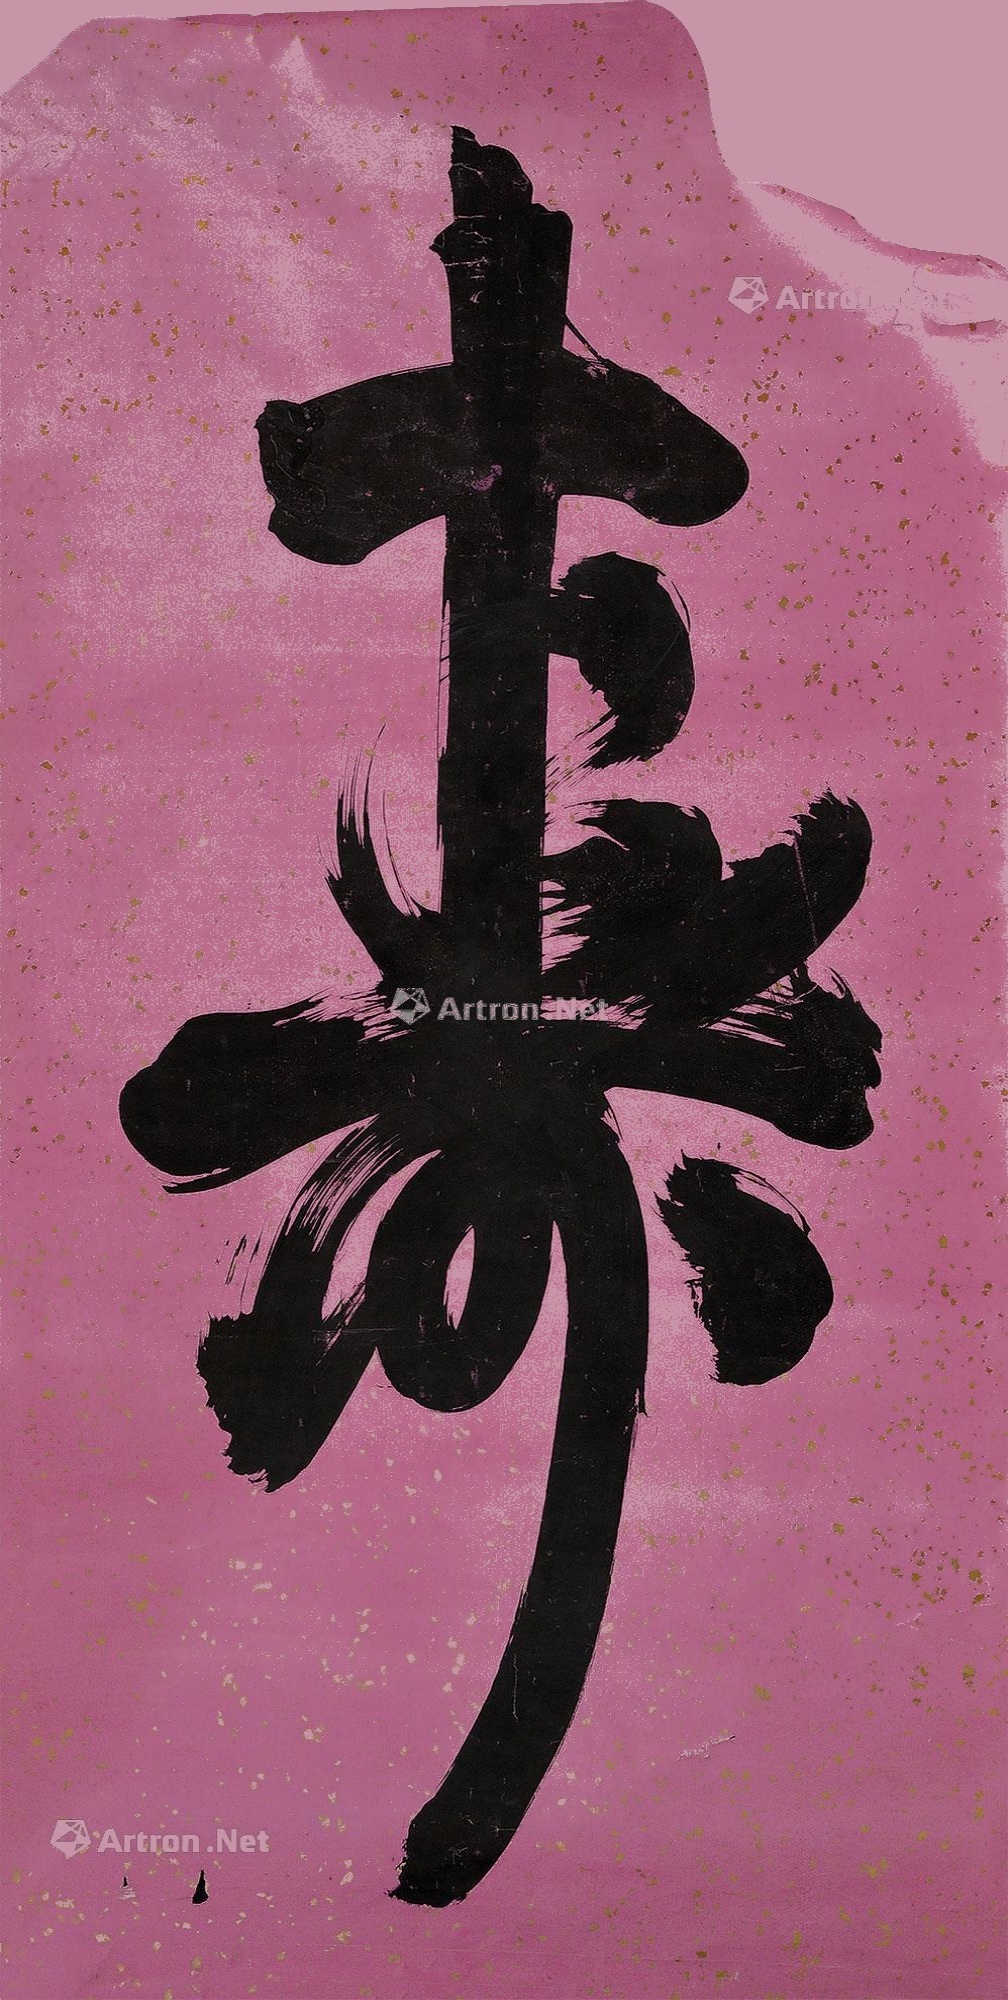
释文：寿